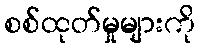
စစ်ထုတ်မှုများကို